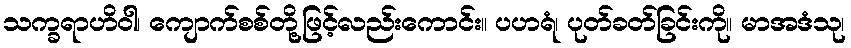
သက္ခရာဟိဝါ၊ ကျောက်စစ်တို့ဖြင့်လည်းကောင်း။ ပဟရံ၊ ပုတ်ခတ်ခြင်းကို။ မာအဒံသု၊